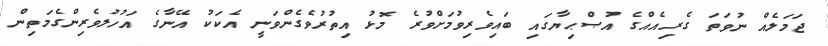
ޖަމަލެއް ނުވަތަ ގެރިއެއްގެ އުޞްޙިޔާގައި ބައިވެރިވުމަށްވުރެ މޮޅު އިތުރުވެގެންވަނީ އެކަކު އޭނާގެ އަހުލުވެރިންގެމަތިން